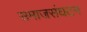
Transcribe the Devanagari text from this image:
समाजसंघटन